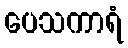
ပေသကာရံ